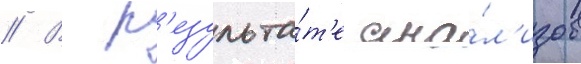
// В р'езульта́т'е ана́л'изов